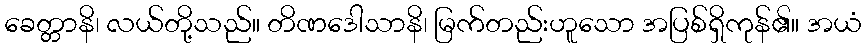
ခေတ္တာနိ၊ လယ်တို့သည်။ တိဏဒေါသာနိ၊ မြက်တည်းဟူသော အပြစ်ရှိကုန်၏။ အယံ